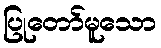
ပြုတော်မူသော